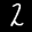
Label: 2